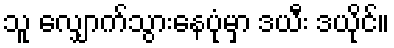
သူ လျှောက်သွားနေပုံမှာ ဒယီး ဒယိုင်။